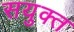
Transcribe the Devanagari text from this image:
सयुक्‍त